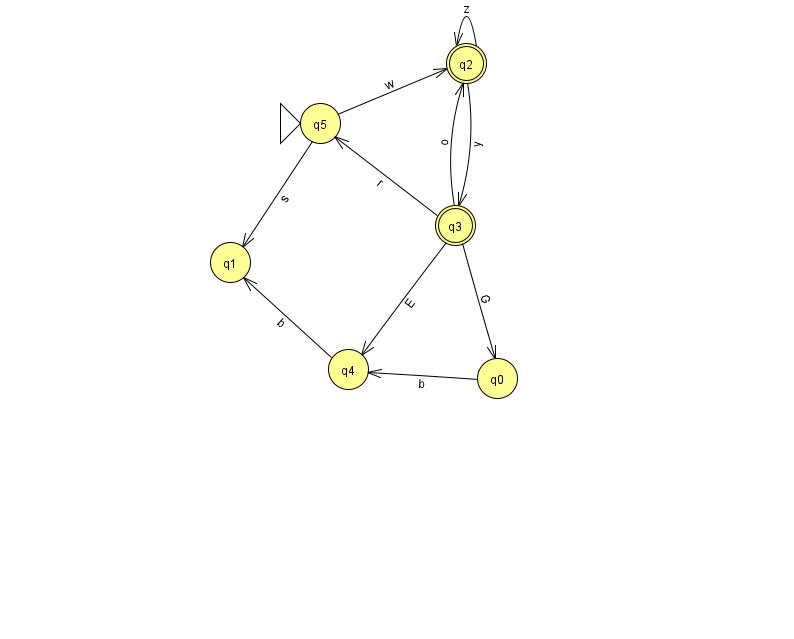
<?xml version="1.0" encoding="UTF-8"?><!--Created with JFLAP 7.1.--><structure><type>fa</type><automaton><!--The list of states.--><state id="0" name="q0"><x>497.0</x><y>365.0</y></state><state id="1" name="q1"><x>230.0</x><y>249.0</y></state><state id="2" name="q2"><x>466.0</x><y>50.0</y><final/></state><state id="3" name="q3"><x>455.0</x><y>212.0</y><final/></state><state id="4" name="q4"><x>348.0</x><y>356.0</y></state><state id="5" name="q5"><x>320.0</x><y>110.0</y><initial/></state><!--The list of transitions.--><transition><from>3</from><to>5</to><read>r</read></transition><transition><from>3</from><to>0</to><read>G</read></transition><transition><from>0</from><to>4</to><read>b</read></transition><transition><from>4</from><to>1</to><read>b</read></transition><transition><from>5</from><to>1</to><read>s</read></transition><transition><from>3</from><to>4</to><read>E</read></transition><transition><from>5</from><to>2</to><read>w</read></transition><transition><from>2</from><to>2</to><read>z</read></transition><transition><from>2</from><to>3</to><read>y</read></transition><transition><from>3</from><to>2</to><read>o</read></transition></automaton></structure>